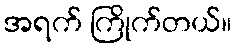
အရက် ကြိုက်တယ်။